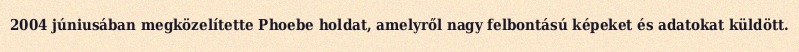
2004 júniusában megközelítette Phoebe holdat, amelyről nagy felbontású képeket és adatokat küldött.